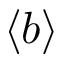
\left< b \right>